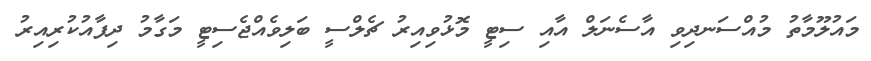
މައުލޫމާތު މުއްސަނދިވި އާސެނަލް އާއި ސިޓީ މޮޅުވިއިރު ޗެލްސީ ބަލިވެއްޖެސިޓީ މަގާމު ދިފާއުކުރިއިރު